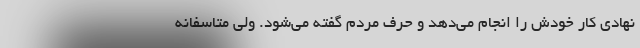
نهادی کار خودش را انجام می‌دهد و حرف مردم گفته می‌شود. ولی متاسفانه